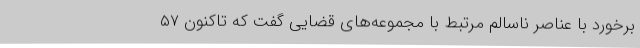
برخورد با عناصر ناسالم مرتبط با مجموعه‌های قضایی گفت که تاکنون ۵۷